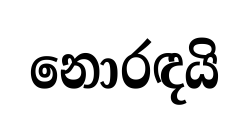
නොරඳයි